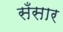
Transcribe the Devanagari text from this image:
सँसार